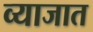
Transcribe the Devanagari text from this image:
व्याजात